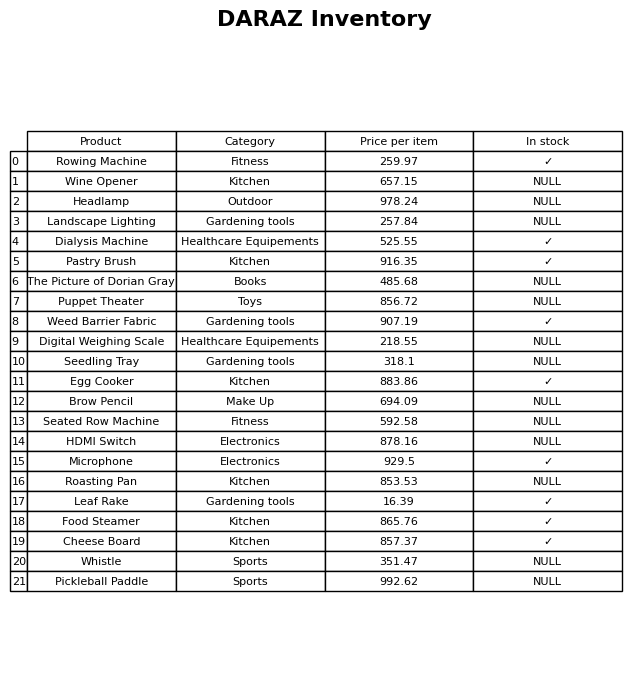
question: What is the price of the Weed Barrier Fabric?
answer: The price of Weed Barrier Fabric is 907.19.